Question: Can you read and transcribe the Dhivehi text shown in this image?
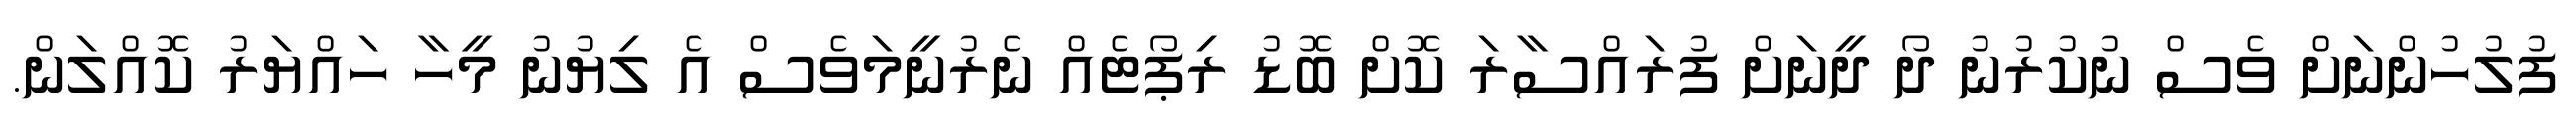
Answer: ފުލުހުންނަށް ވެސް ނުކުރުނު ދޯ ދީނަށް ފުރައްސާރަ ކޮށް ބޮޑު ރިޕޯޓެއް ނެރުނީމަވެސް އެ ލިޔުނު މީހާ ހައްޔަރު ކޮއްލަން.